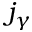
j _ { \gamma }